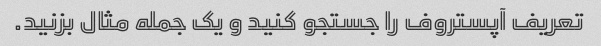
تعریف آپستروف را جستجو کنید و یک جمله مثال بزنید.